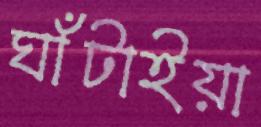
ঘাঁটাইয়া